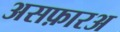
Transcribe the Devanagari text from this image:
असफ़ारअ